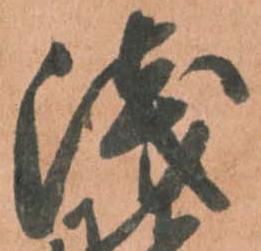
浅